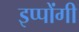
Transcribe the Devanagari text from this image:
इप्पोंगी